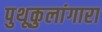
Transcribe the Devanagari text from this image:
पुथूकुलांगारा